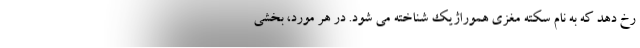
رخ دهد که به نام سکته مغزی هموراژیک شناخته می شود. در هر مورد، بخشی